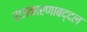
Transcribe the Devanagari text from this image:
राजकारणाबद्दल